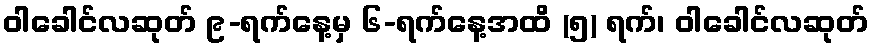
ဝါခေါင်လဆုတ် ၉-ရက်နေ့မှ ၆-ရက်နေ့အထိ (၅) ရက်၊ ဝါခေါင်လဆုတ်